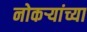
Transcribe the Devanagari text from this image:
नोकऱ्यांच्या